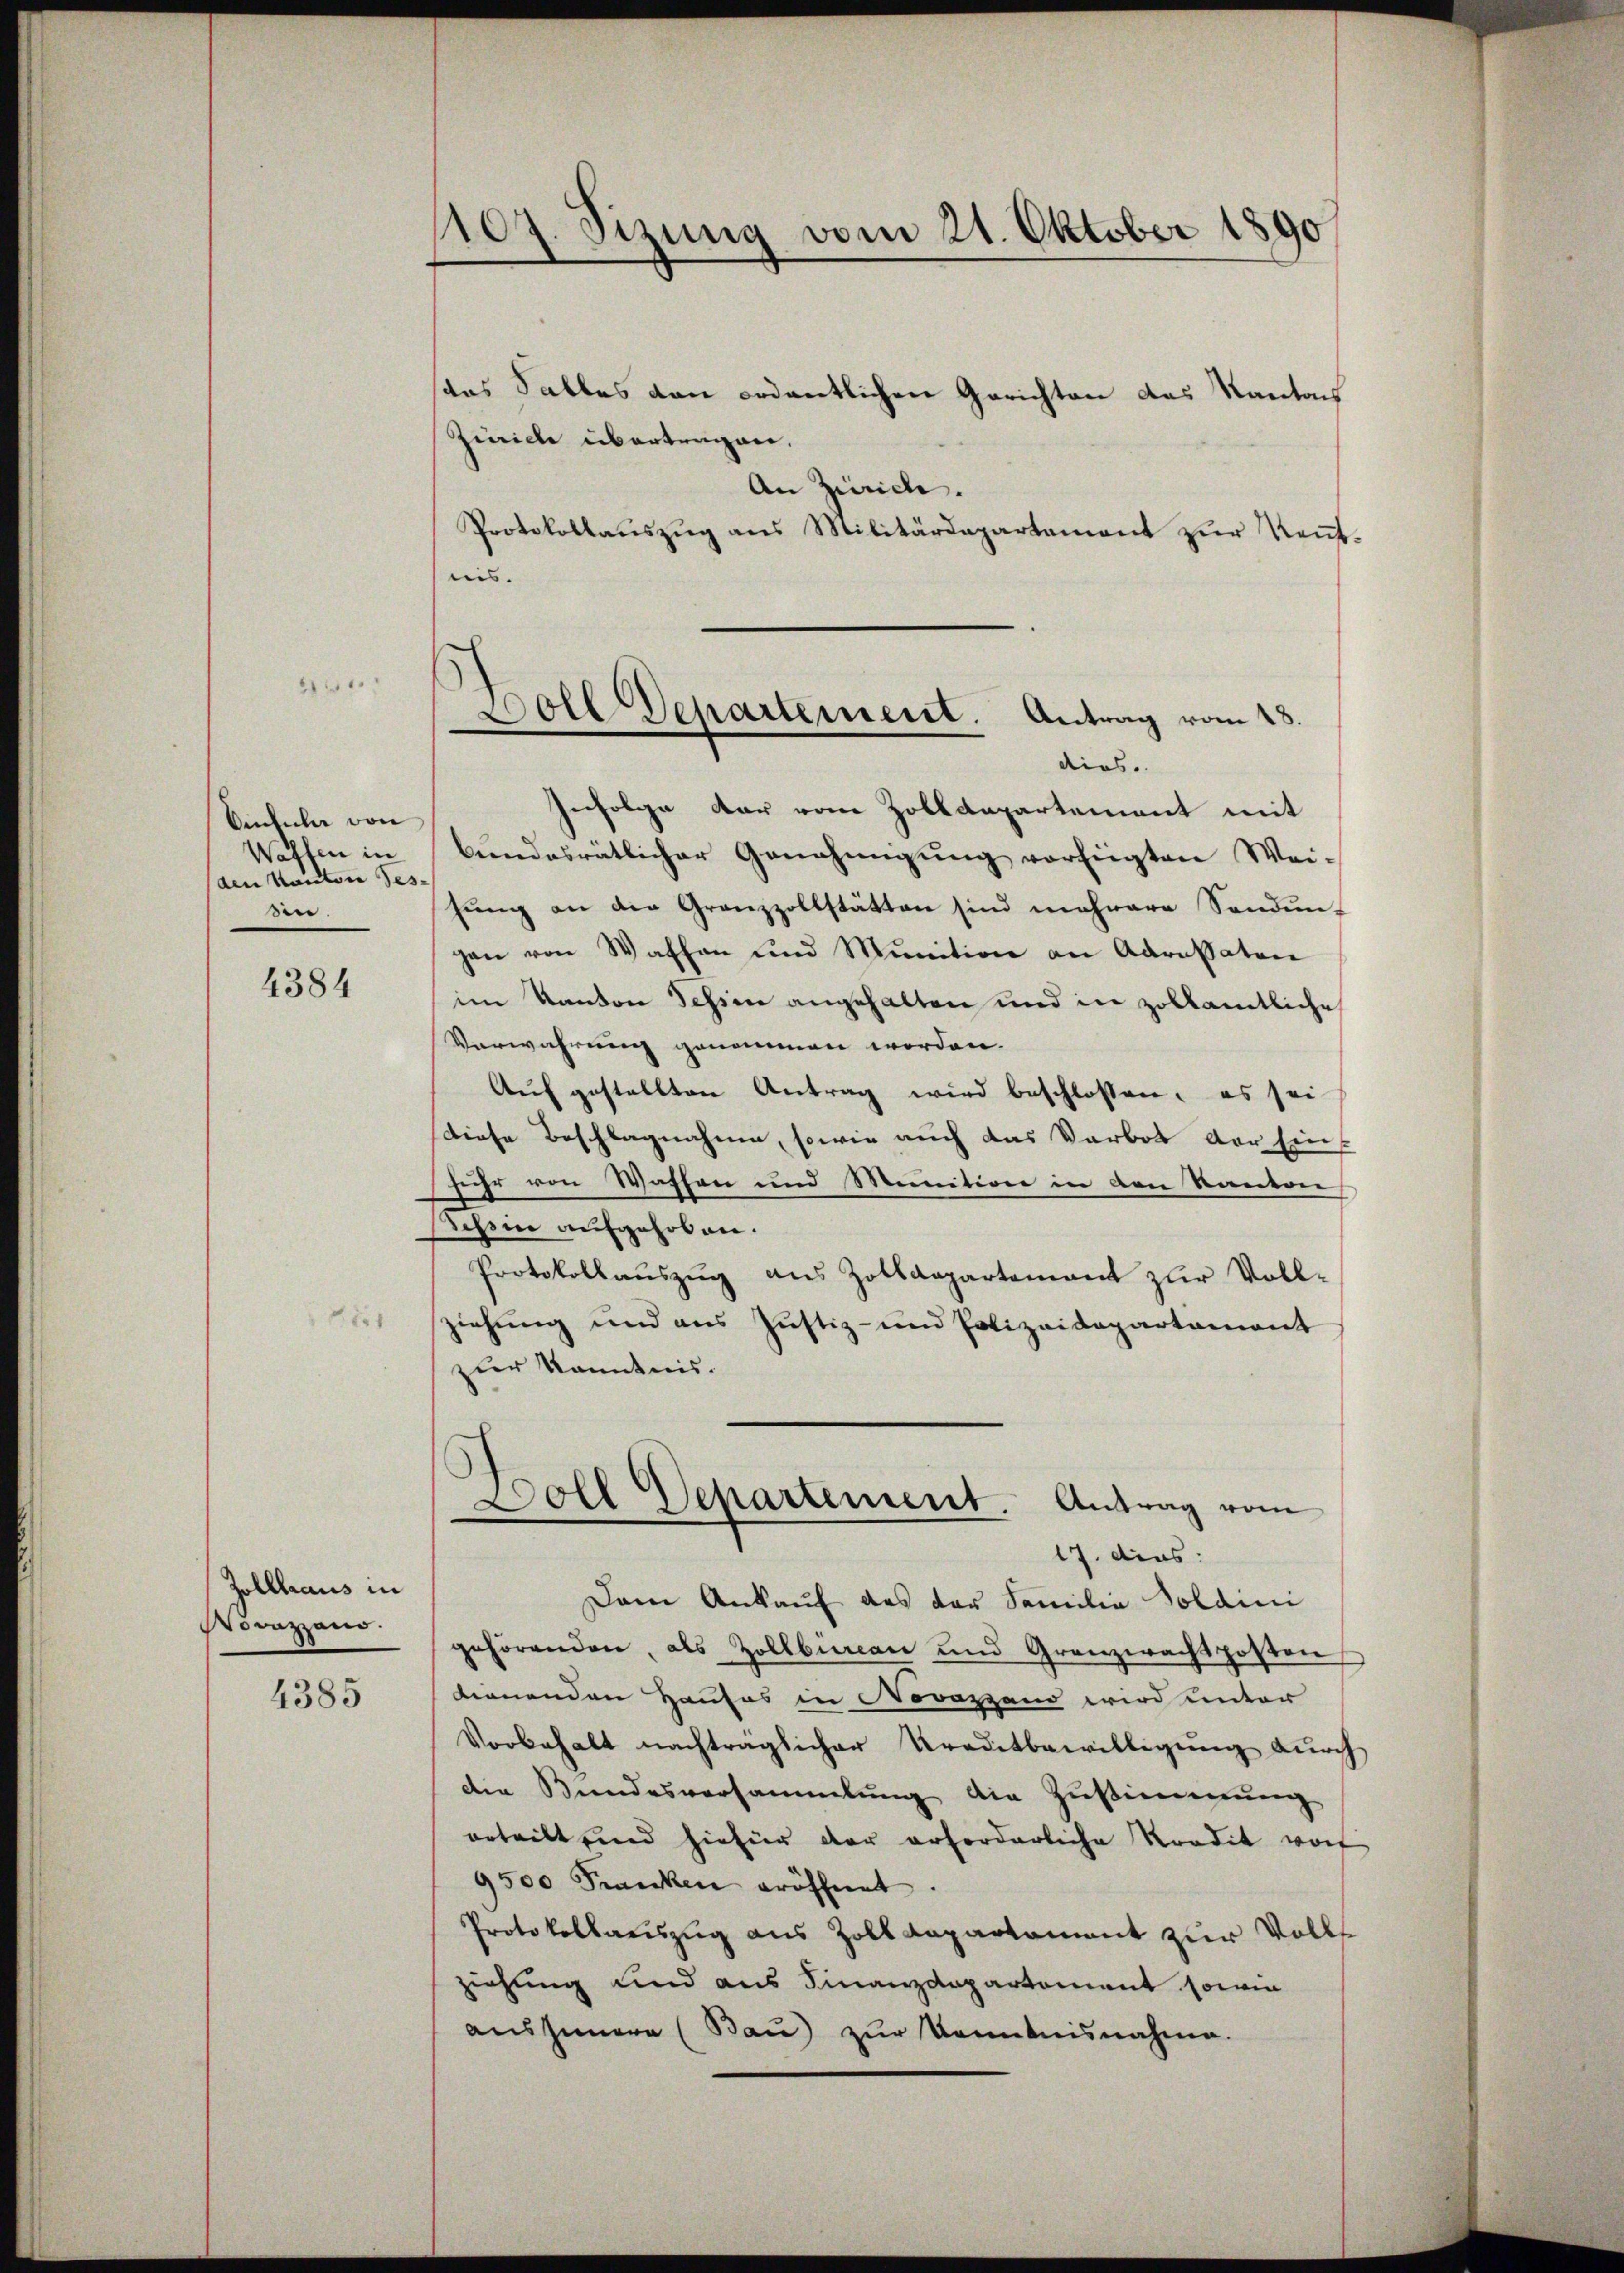
.

Sintuler von
Waffen in
den Kanton Gessin.

4384

11

Zollhaus in
Novazzano.

4385

1107. Sizung vom 21. Oktober 1890

Doll Departement. Antrag vom 18.
dies

das Falles von ordentlichen Gerichten das Kantons
Zürich übertragen,
An Zürich.
Protokollaŭszŭg ans Militärdepartement zŭr Kenntnis.
Infolge der vom Zolldepartement mit
bŭndesrätlicher Genehmigŭng verfügten Wei-
hŭng an die Grenzzollstätten sind mehrere Sandŭn-
gen von Waffen und Munition an Adressaten
im Kanton dessen angehalten und in zolkamtliche
Verwahrung genommen worden.
Aufgestellten Antrag wird beschlossen, es sei
diese Beschlagnahme, sowie auch das Verbot der Eins
fuhr von Waffen und Munition in den Kanton
Tessin aufgehoben.
Protokollaŭszŭg aŭs Zolldepartement zŭr Voll-
ziehung und aus Justiz- und Polizeidepartament
zur Kenntnis.
Doll Departement. Antrag vom
17. dies:
Dem Ankauf das der Familia Solaini
gehörenden, als Zollbüreau und Granzwachsposten
dienenden Hauses in Novazzand wird unter
Vorbehalt nachträglicher Kreditbewilligŭng dŭrch
den Bundesversammlung die Zustimmung
erteilt und hiefür der erforderliche Kredit vor
9500 Francken eröffnet.
Protokollauszug aus Zolldepartament zur Volls
ziehung und aus Finanzdepartement sowie
ausheere (Bau) zŭr Kenntnisnahme.